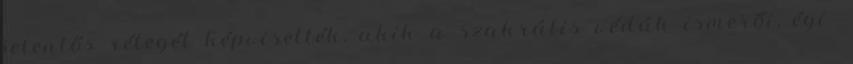
jelentős rétegét képviselték, akik a szakrális védák ismerői, égi-